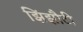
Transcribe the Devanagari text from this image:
झिंझौटी